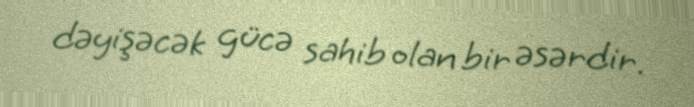
dəyişəcək gücə sahib olan bir əsərdir.